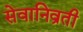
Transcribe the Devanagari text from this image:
सेवानिव्रती